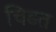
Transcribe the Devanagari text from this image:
चिडत